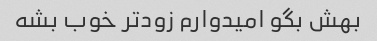
بهش بگو امیدوارم زودتر خوب بشه